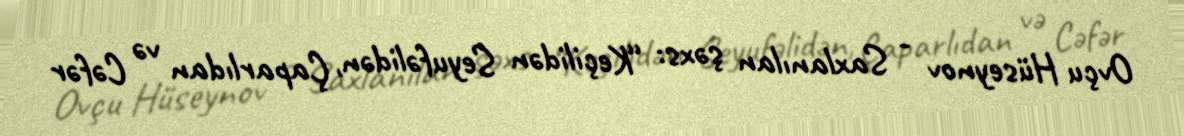
Ovçu Hüseynov - Saxlanılan şəxs: “Keçilidən Seyufəlidən, Çaparlıdan və Cəfər